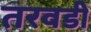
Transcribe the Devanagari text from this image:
तरवडी